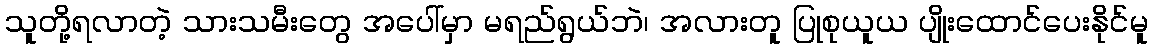
သူတို့ရလာတဲ့ သားသမီးတွေ အပေါ်မှာ မရည်ရွယ်ဘဲ၊ အလားတူ ပြုစုယူယ ပျိုးထောင်ပေးနိုင်မူ